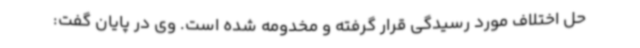
حل اختلاف مورد رسیدگی قرار گرفته و مخدومه شده است. وی در پایان گفت: